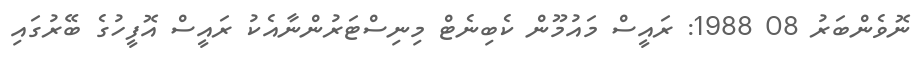
ނޮވެންބަރު 08 1988: ރައީސް މައުމޫން ކެބިނެޓް މިނިސްޓަރުންނާއެކު ރައީސް އޮފީހުގެ ބޭރުގައި